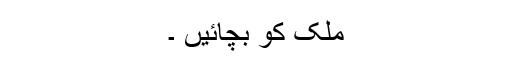
ملک کو بچائیں ۔